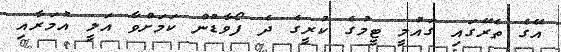
އޭގެ ތެރޭގައި ގައުމީ ޓީމުގެ ކުރީގެ ދެ ފޯވާޑުން ކަމަށްވާ އަލީ އުމަރާއި